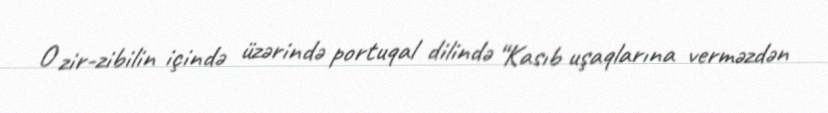
O zir-zibilin içində üzərində portuqal dilində “Kasıb uşaqlarına verməzdən